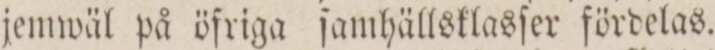
jemwäl på öfriga ſamhällsklasſer fördelas.